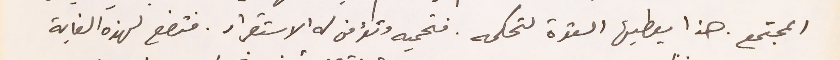
المجتمع. هذا يعطيها القوة لتحكمه. فتحميه وتؤمن له الاستقرار. فتضع لهذه الغاية